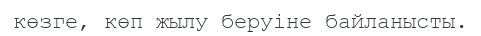
көзге, көп жылу беруіне байланысты.